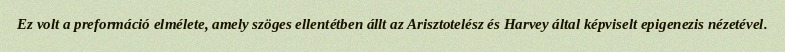
Ez volt a preformáció elmélete, amely szöges ellentétben állt az Arisztotelész és Harvey által képviselt epigenezis nézetével.